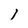
Character: I